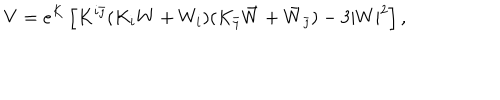
V = e ^ { K } \left[ K ^ { i \bar { \jmath } } ( K _ { i } W + W _ { i } ) ( K _ { \bar { \jmath } } \bar { W } + \bar { W } _ { \bar { \jmath } } ) - 3 | W | ^ { 2 } \right] ,